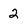
Character: 2